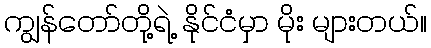
ကျွန်တော်တို့ရဲ့ နိုင်ငံမှာ မိုး များတယ်။